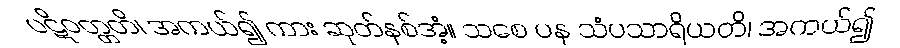
ပဋိဝတ္တတိ၊ အကယ်၍ ကား ဆုတ်နစ်အံ့။ သစေ ပန သံပသာရိယတိ၊ အကယ်၍